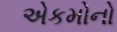
એકમોનો